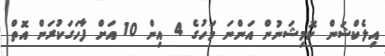
އިލެކްޝަން ކޮމިޝަނުން އަންނަ މަހުގެ 4 އިން 10 އަށް ފާހަގަކުރަން އޮތް